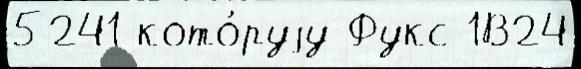
5241 кото́руjу Фукс 1В24